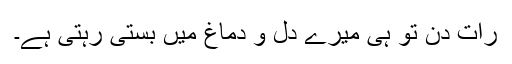
رات دن تو ہی میرے دل و دماغ میں بستی رہتی ہے۔